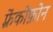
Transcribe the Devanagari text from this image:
फ़्रेंकोफ़ोन